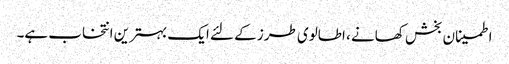
اطمینان بخش کھانے ، اطالوی طرز کے لئے ایک بہترین انتخاب ہے۔